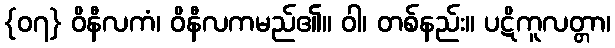
{၀၇} ဝိနီလကံ၊ ဝိနီလကမည်၏။ ဝါ၊ တစ်နည်း။ ပဋိကူလတ္တာ၊